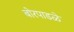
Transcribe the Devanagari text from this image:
बोरपाडळे